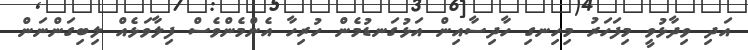
އަދި ވިދާޅުވީ މިފަހަރު މިހިނގި ހާދިސާއިން އަޅުގަނޑުމެން ހުރިހާ އެންމެންވެސް ފިލާވަޅެއް ލިބިގަންނަން